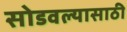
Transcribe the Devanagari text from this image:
सोडवल्यासाठी